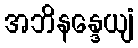
အဘိနန္ဒေယျံ